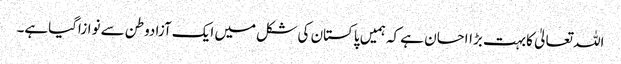
اللہ تعالیٰ کابہت بڑااحسان ہے کہ ہمیں پاکستان کی شکل میں ایک آزادوطن سے نوازاگیاہے۔